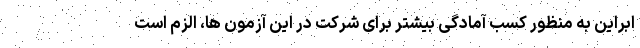
ابراین به منظور کسب آمادگی بیشتر برای شرکت در این آزمون ها، الزم است